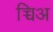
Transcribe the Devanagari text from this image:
च्चिअ